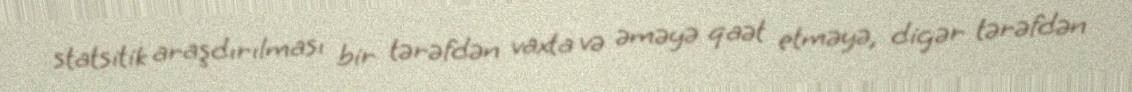
statsitik araşdırılması bir tərəfdən vaxta və əməyə qaət etməyə, digər tərəfdən